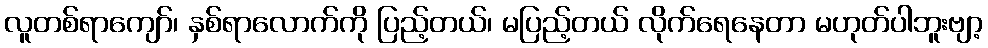
လူတစ်ရာကျော်၊ နှစ်ရာလောက်ကို ပြည့်တယ်၊ မပြည့်တယ် လိုက်ရေနေတာ မဟုတ်ပါဘူးဗျာ့